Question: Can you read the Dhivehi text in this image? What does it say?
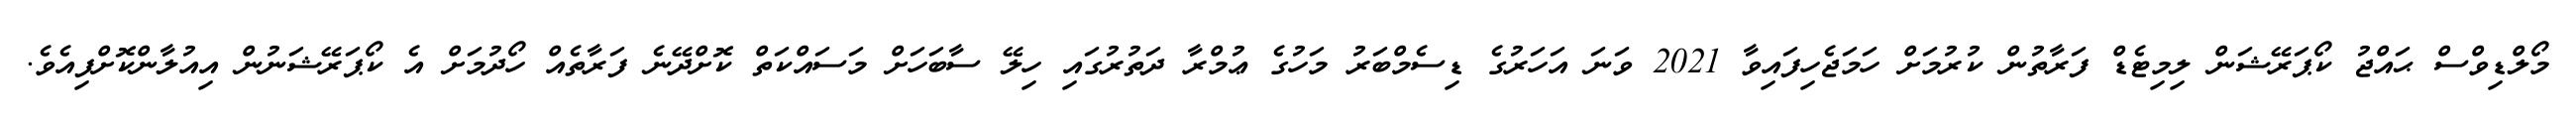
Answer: މޯލްޑިވްސް ޙައްޖު ކޯޕަރޭޝަން ލިމިޓެޑް ފަރާތުން ކުރުމަށް ހަމަޖެހިފައިވާ 2021 ވަނަ އަހަރުގެ ޑިސެމްބަރު މަހުގެ ޢުމްރާ ދަތުރުގައި ހިލޭ ސާބަހަށް މަސައްކަތް ކޮށްދޭނެ ފަރާތެއް ހޯދުމަށް އެ ކޯޕަރޭޝަނުން އިއުލާންކޮށްފިއެވެ.